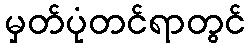
မှတ်ပုံတင်ရာတွင်